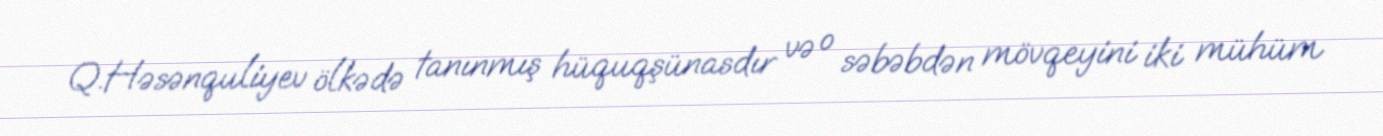
Q.Həsənquliyev ölkədə tanınmış hüquqşünasdır və o səbəbdən mövqeyini iki mühüm